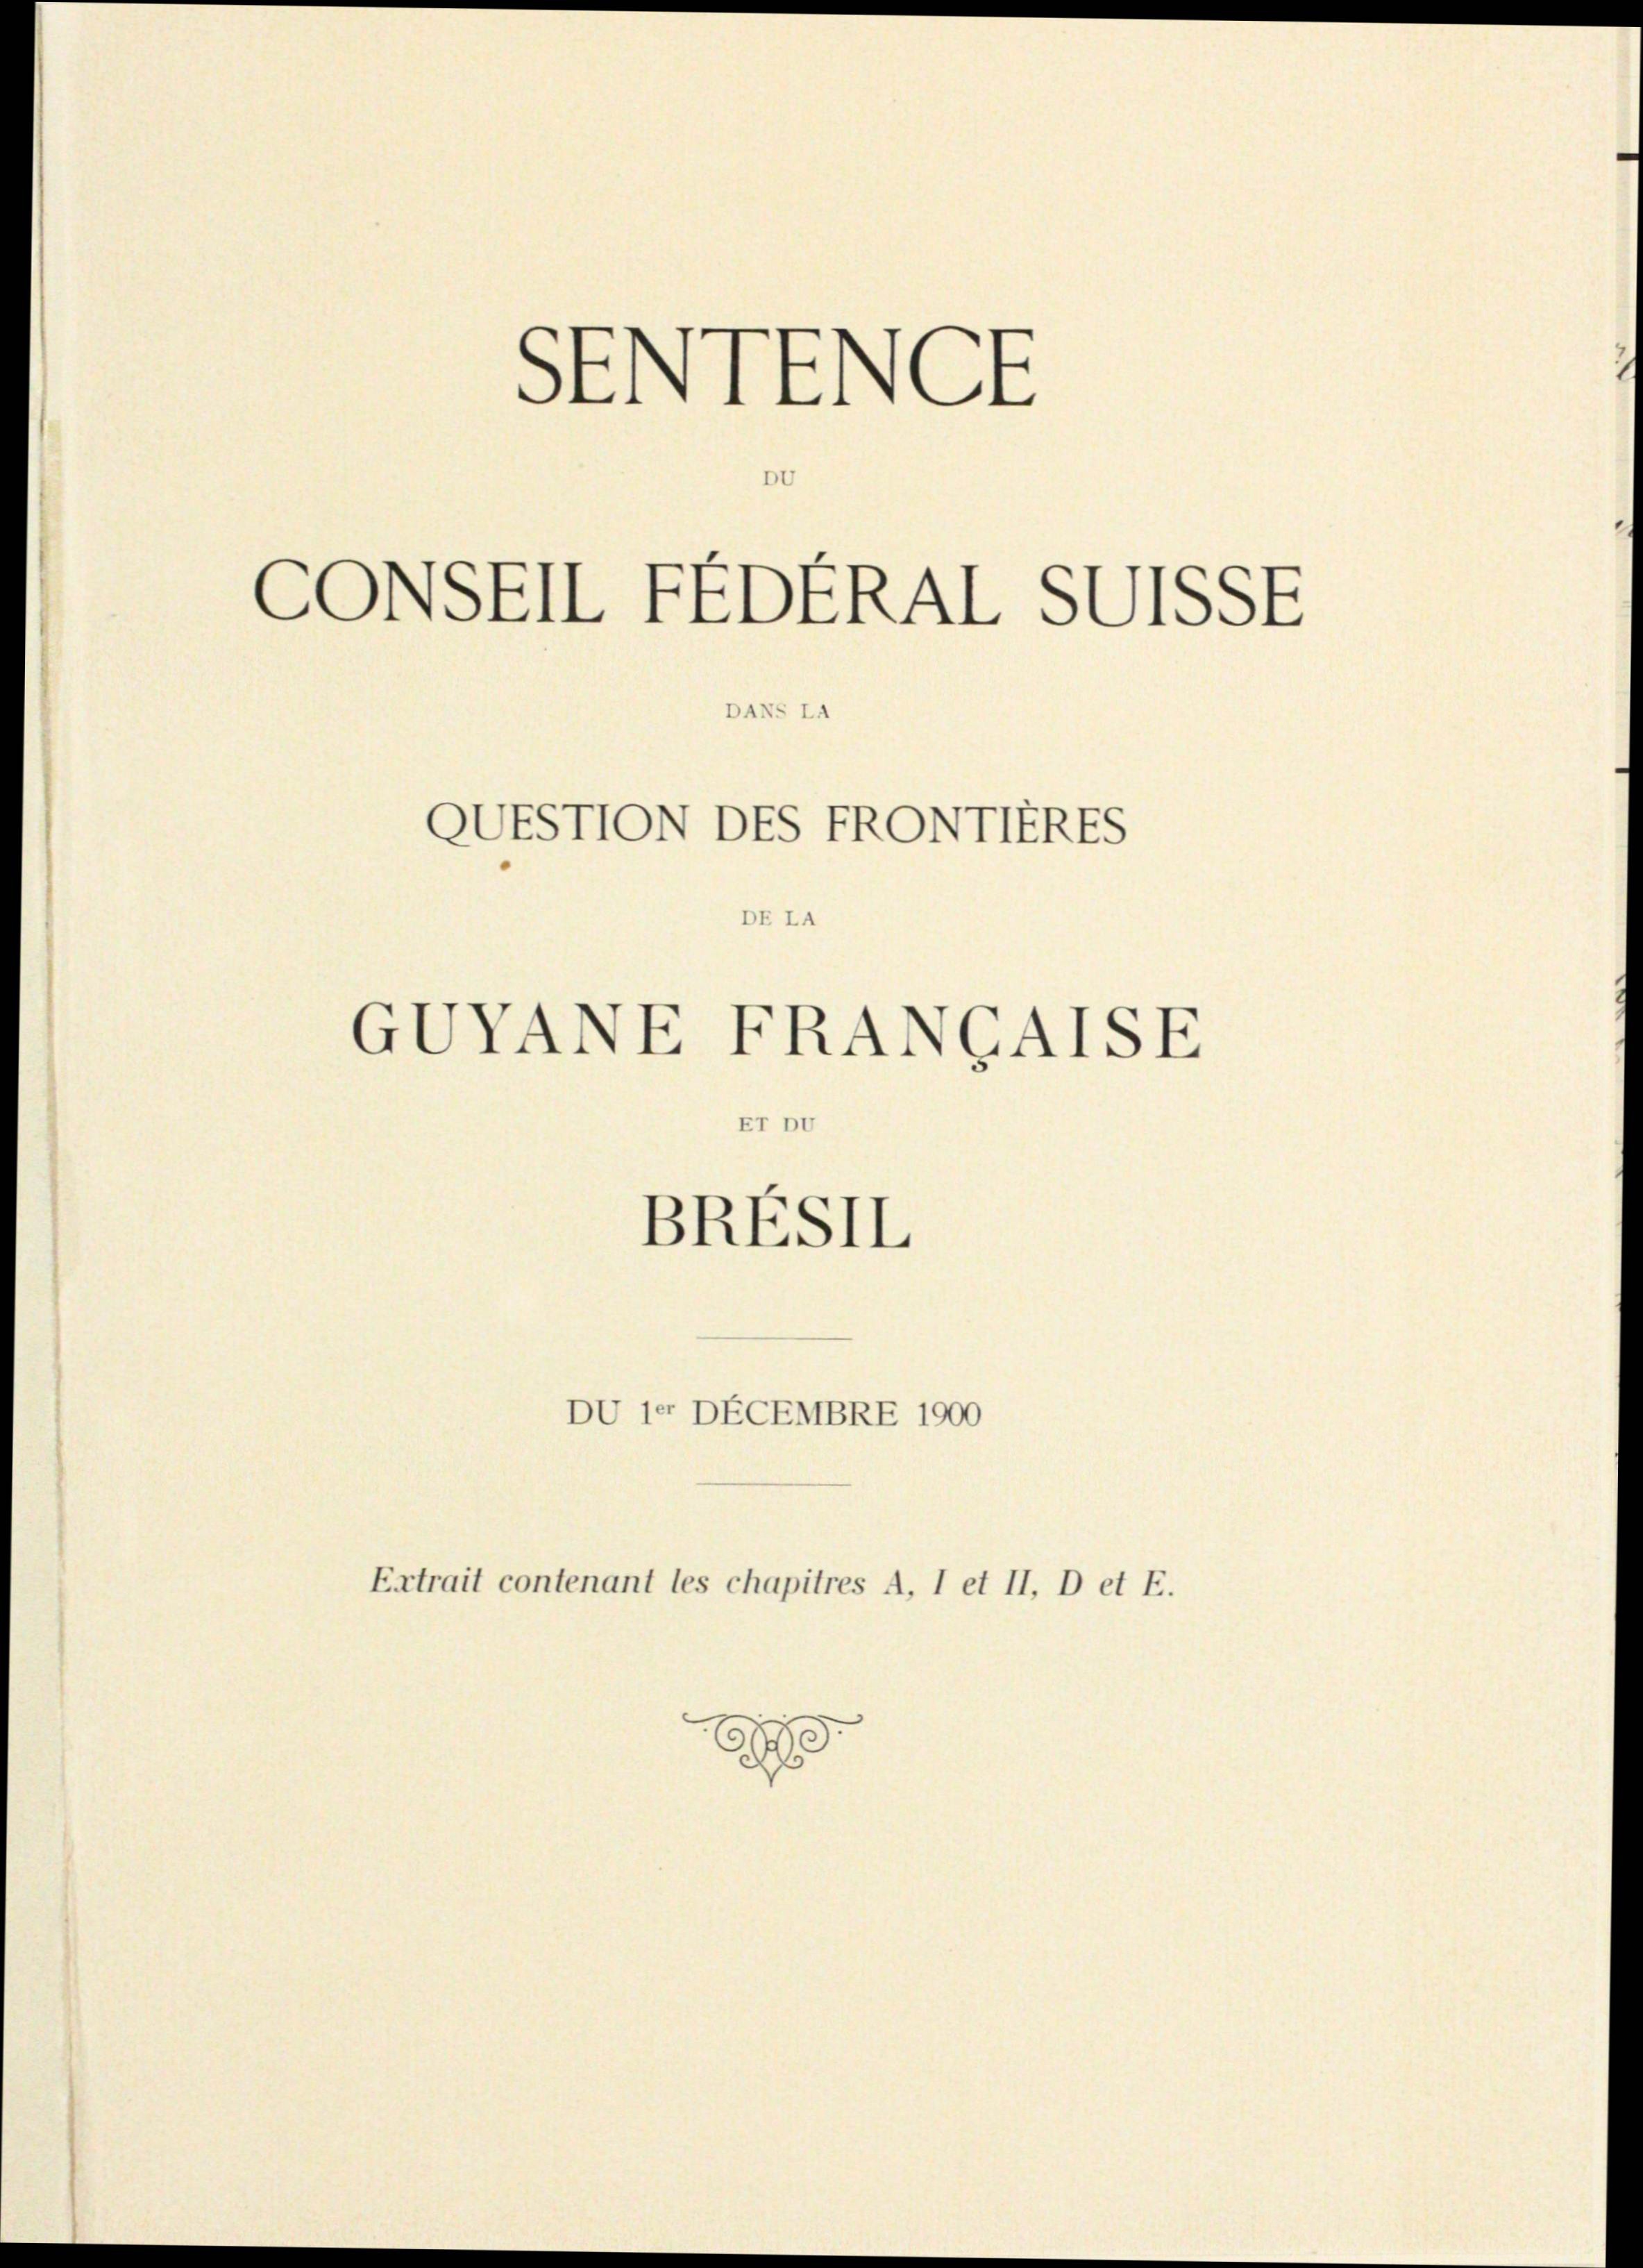
CONSEIL FEDERAL SUISSE
45
DUESTTON DES FRONTIERES

SENTENGE

DE LA

GVVANE FRANGAISE

BRESIL

Er Du

DU 10 DECEMBRE 1900

.

Extrait contenant les chapitres A. I et II, D et E